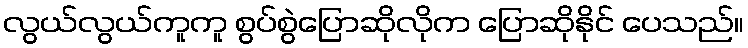
လွယ်လွယ်ကူကူ စွပ်စွဲပြောဆိုလိုက ပြောဆိုနိုင် ပေသည်။